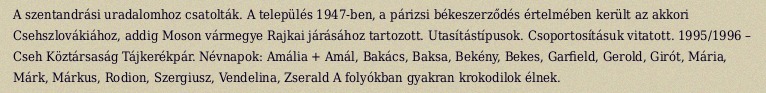
A szentandrási uradalomhoz csatolták. A település 1947-ben, a párizsi békeszerződés értelmében került az akkori Csehszlovákiához, addig Moson vármegye Rajkai járásához tartozott. Utasítástípusok. Csoportosításuk vitatott. 1995/1996 – Cseh Köztársaság Tájkerékpár. Névnapok: Amália + Amál, Bakács, Baksa, Bekény, Bekes, Garfield, Gerold, Girót, Mária, Márk, Márkus, Rodion, Szergiusz, Vendelina, Zserald A folyókban gyakran krokodilok élnek.